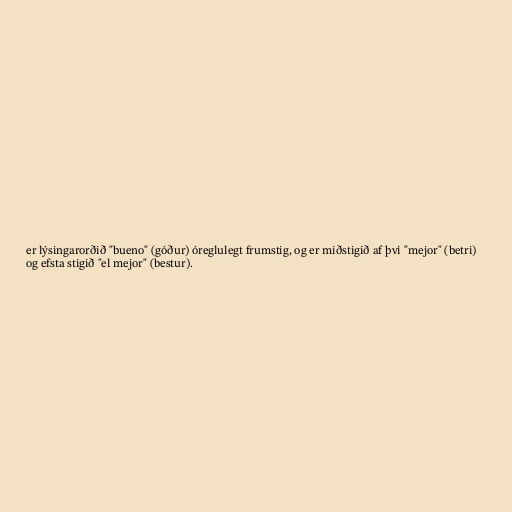
er lýsingarorðið "bueno" (góður) óreglulegt frumstig, og er miðstigið af því "mejor" (betri)
og efsta stigið "el mejor" (bestur).